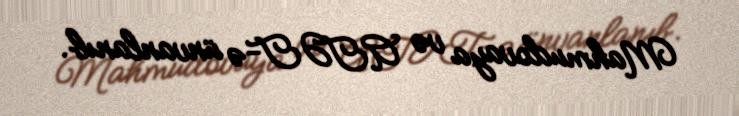
Mahmudovaya və ATƏT-ə ünvanlanıb.